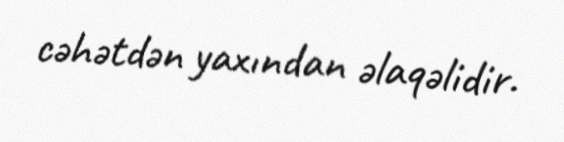
cəhətdən yaxından əlaqəlidir.